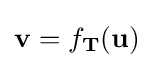
\mathbf {v} =f_{\mathbf {T} }(\mathbf {u} )